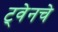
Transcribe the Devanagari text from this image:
ट्वेनचे